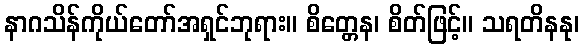
နာဂသိန်ကိုယ်တော်အရှင်ဘုရား။ စိတ္တေန၊ စိတ်ဖြင့်။ သရတိနနု၊